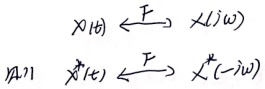
\[
\begin{align*}
x(t)&\overset{\mathcal{F}}{\longleftrightarrow}X(j\omega)\\
x^{*}(t)&\overset{\mathcal{F}}{\longleftrightarrow}X^{*}(-j\omega)
\end{align*}
\]